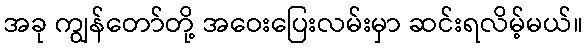
အခု ကျွန်တော်တို့ အဝေးပြေးလမ်းမှာ ဆင်းရလိမ့်မယ်။